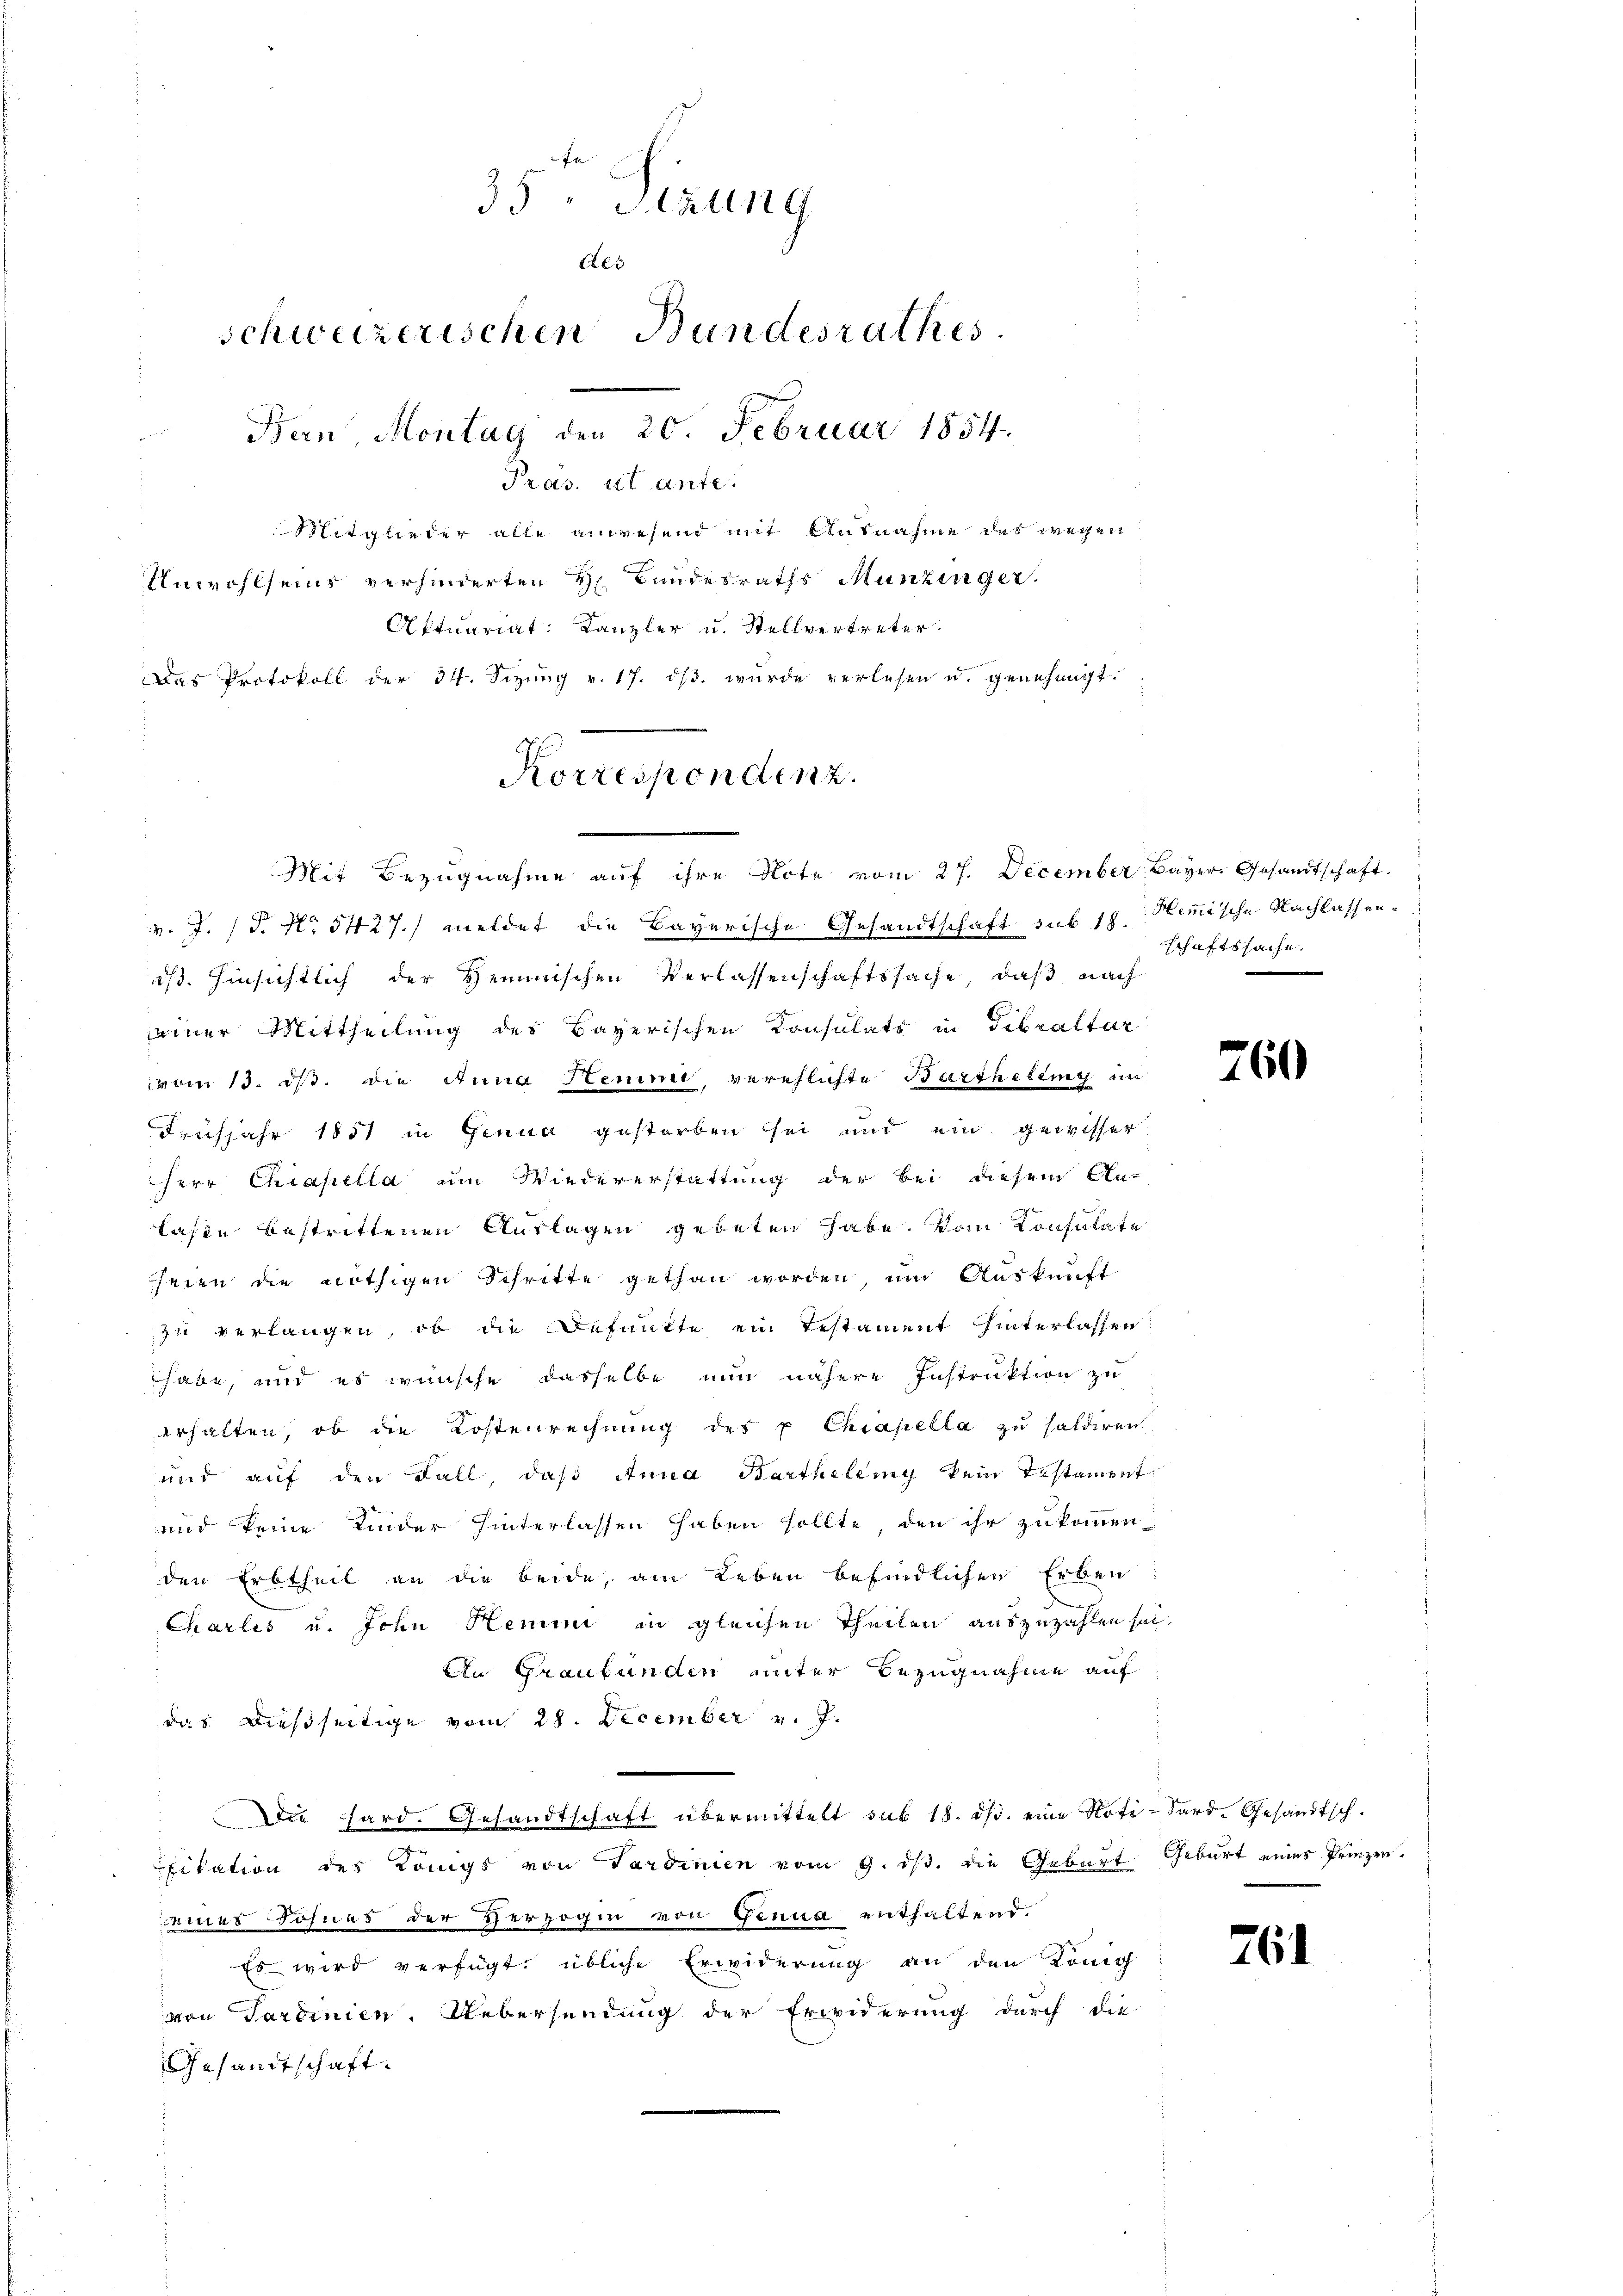
35 " Stzung
Aes
schweizerischen Bundesrathes
Ban, Montag den 20. Februar 1854.
Pras. 1t Ante
Mitglieder alle anwesend mit Ausnahme des wegen
Unwohlseins verhinderten H. Bundesraths Munzinger.
Attuariat: Kanzler u. Stellvertreter
Das Protokoll der 34. Sizung v. 17. dβ. wurde verlesen u. genehmigt.

v. J. P. Nr. 5427.) meldet die Bayerische Gesandtschaft sub 18. Hemische Nachlassen¬
1/3. Hinsichtlich der Hemmnischen Verlassenschaftssache, daß nach
einer Mittheilung des Bayerischen Konsulats in Gibraltar
vom 13. ds. die Anna Henime, verehlichte Barthelung in
Frühjahr 1851 in Genua gestorben sei und ein gewisser
Herr Chiapella um Wiedererstattung der Bei diesem An-
lasse bestrittenen Auslagen gebeten habe. Vom Konsulate
seien die nöthigen Schritte gethan worden, um Auskunft
zu verlangen, ob die Befunkte ein Testament hinterlassen:
habe, und es wünsche dasselbe nun nähere Instruktion zu
erhalten, ob die Kostenrechnung des u Chiapella zu saldiren
und auf den Fall, daß Anna Barthellig kein Testament
und keine Kinder hinterlassen haben sollte, den ihr zukommen
den Erbtheil an die beide, am Leben befindlichen Erben
Charlis u. John Hemmi in gleichen Theilen auszuzahlen sei.
An Graubünden unter Bezugnahme auf
das dießseitige vom 28. December v. J.
Die Hard. Gesandtschaft übermittelt sub 18. ds. eine Noti-Sard-Gesandtsch-
fikation des Königs von Tardinien vom 9. ds. die Geburt Geburt eines Prinzen.
seines Sohnes der Herzogin von Genua enthaltend.
Es wird verfügt, übliche Erwiderung an den König
von Tardinien. Uebersendung der Erwiderung durch die
Gesandtschaft.

Korrespondenz.
Mit Bezugnahme auf ihre Note vom 27. December Bayer. Gesandtschaft.

schaftssache.

260

761